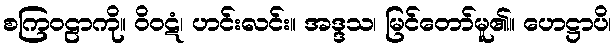
စကြဝဠာကို။ ဝိဝဋံ၊ ဟင်းလင်း။ အဒ္ဒသ၊ မြင်တော်မူ၏။ ဟေဋ္ဌာပိ၊